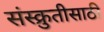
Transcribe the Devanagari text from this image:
संस्क्रुतीसाठी